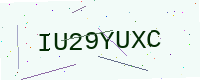
Text: IU29YUXC